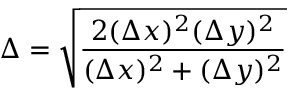
\Delta = \sqrt { \frac { 2 ( \Delta x ) ^ { 2 } ( \Delta y ) ^ { 2 } } { ( \Delta x ) ^ { 2 } + ( \Delta y ) ^ { 2 } } }